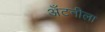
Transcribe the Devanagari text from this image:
अँटनीला